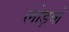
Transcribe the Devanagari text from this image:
लोड़बो